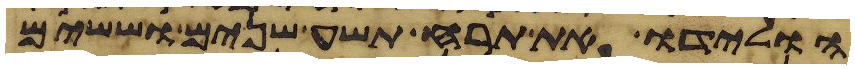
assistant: הולידו את תרח תשע שנים וששים